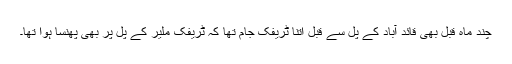
چند ماہ قبل بھی قائد آباد کے پل سے قبل اتنا ٹریفک جام تھا کہ ٹریفک ملیر کے پل پر بھی پھنسا ہوا تھا۔